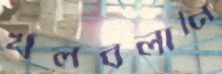
খলবলানি